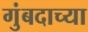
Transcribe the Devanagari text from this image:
गुंबदाच्या